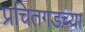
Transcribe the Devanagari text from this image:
प्रचितगडच्या